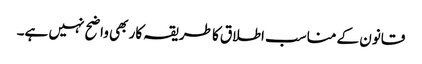
قانون کے مناسب اطلاق کا طریقہ کار بھی واضح نہیں ہے۔